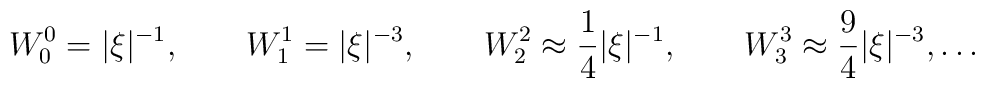
W_0^0=|\xi |^{-1},\qquad W_1^1=|\xi |^{-3},\qquad W_2^2\approx\frac14|\xi |^{-1},\qquad W^3_3\approx\frac 94|\xi |^{-3},\ldots